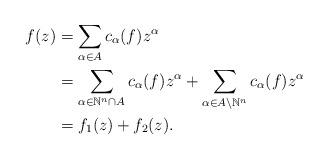
\begin{align*} f(z)&=\sum_{\alpha\in A}c_\alpha(f)z^\alpha \\&= \sum_{\alpha\in \mathbb{N}^n \cap A}c_\alpha(f)z^\alpha+\sum_{\alpha\in A \setminus\mathbb{N}^n}c_\alpha(f)z^\alpha\\&=f_1(z)+f_2(z).\end{align*}